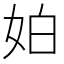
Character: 𡛳